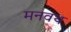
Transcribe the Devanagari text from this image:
मनवथ